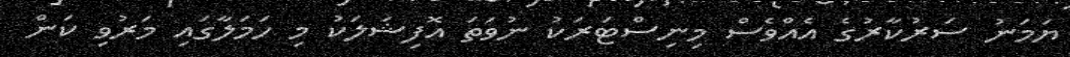
ޔަމަނު ސަރުކާރުގެ އެއްވެސް މިނިސްޓަރަކު ނުވަތަ އޮފިޝަލަކު މި ހަމަލާގައި މަރުވި ކަން